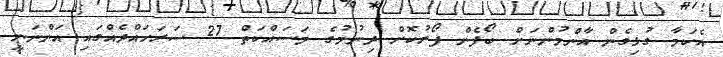
އެކަމާ ގުޅިގެން އާންމުންނަށް ބޯފެން ފޯރުކޮށް ދިނުމުގެ މަސައްކަތް 27 ސަރަހައްދެއްގައި އަންނަނީ